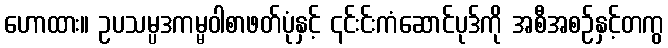
ဟောထား။ ဥပသမ္ပဒကမ္မဝါစာဖတ်ပုံနှင့် ၎င်းင်းကံဆောင်ပုဒ်ကို အစီအစဉ်နှင့်တကွ